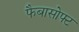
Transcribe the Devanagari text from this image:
फैबासोफ्ट